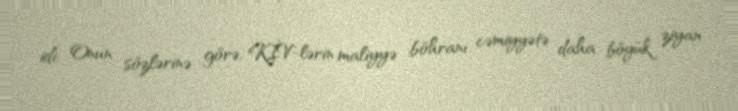
idi. Onun sözlərinə görə, KİV-lərin maliyyə böhranı cəmiyyətə daha böyük ziyan